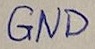
Text: GND